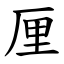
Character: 厘